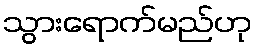
သွားရောက်မည်ဟု